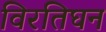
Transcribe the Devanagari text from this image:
विरतिघन